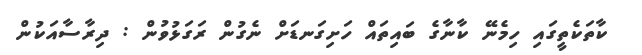
ކާތަކެތީގައި ހިމެނޭ ކާނާގެ ބައިތައް ހަށިގަނޑަށް ނެގުން ރަގަޅުވުން : ދިރާސާއަކުން